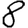
Digit: 8